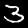
Label: 3